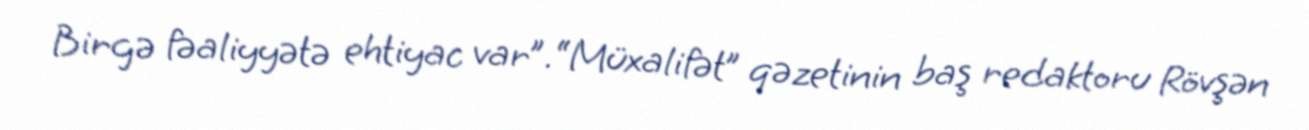
Birgə fəaliyyətə ehtiyac var”.“Müxalifət” qəzetinin baş redaktoru Rövşən